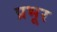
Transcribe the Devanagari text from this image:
प्रभूर